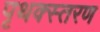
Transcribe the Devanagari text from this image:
पृथक्स्तरण